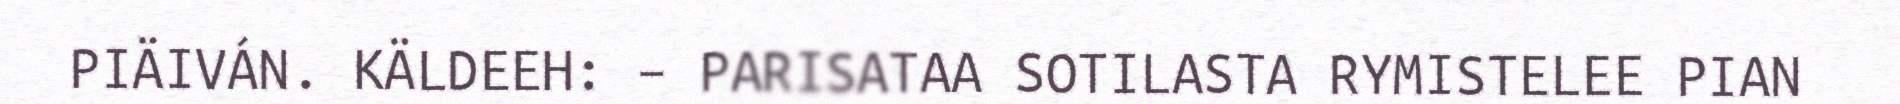
PIÄIVÁN. KÄLDEEH: – PARISATAA SOTILASTA RYMISTELEE PIAN